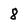
Character: 8